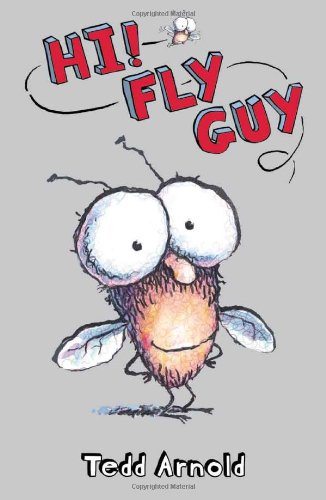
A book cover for Hi! Fly Guy; Tedd Arnold; Children's Books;